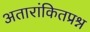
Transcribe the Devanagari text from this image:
अतारांकितप्रश्न